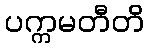
ပက္ကမတီတိ